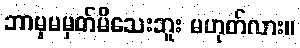
ဘာမှမမှတ်မိသေးဘူး မဟုတ်လား။